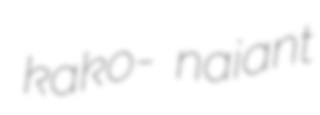
kako- naiant